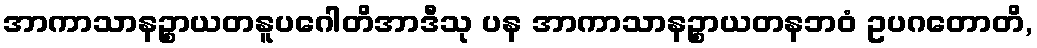
အာကာသာနဉ္စာယတနူပဂေါတိအာဒီသု ပန အာကာသာနဉ္စာယတနဘဝံ ဥပဂတောတိ,